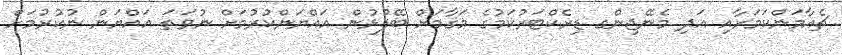
ޗެއާމަންކަމަށާއި އަދި މެނޭޖިންގ ޑިރެކްޓަރުކަމުގެ މަޤާމަށް ބޭފުޅުން އައްޔަންކުރުމަށް ނުވަތަ އައްޔަން ނުކުރުމަށް